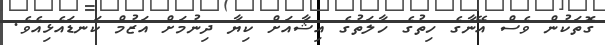
ގޮތަކުން ވެސް އޭނާގެ ހިތުގެ ހާލަތުގެ އިޝާއަށް ކިޔާ ދިނުމަށް އަޒުމް ކަނޑައެޅިއެވެ.